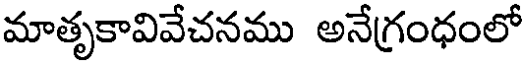
మాతృకావివేచనము అనేగ్రంధంలో